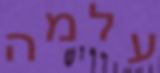
עלמה